画像に写った文字を読んでください
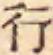
「行」と書いてあります